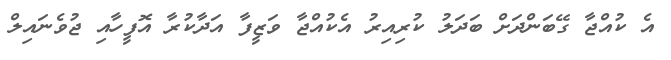
އެ ކުއްޖާ ގޭބަންދަށް ބަދަލު ކުރިއިރު އެކުއްޖާ ވަޒީފާ އަދާކުރާ އޮފީހާއި ޖުވެނައިލް